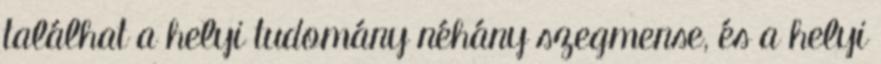
találhat a helyi tudomány néhány szegmense, és a helyi